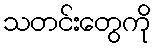
သတင်းတွေကို